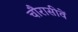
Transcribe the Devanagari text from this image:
चौरासीवें